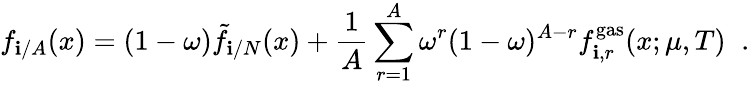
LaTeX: f_{\mathbf{i}/A}(x)=(1-\omega){\tilde{{f}}}_{\mathbf{i}/N}(x)+{\frac{{1}}{{A}}}\sum_{r=1}^{A}\omega^{r}(1-\omega)^{A-r}f_{\mathbf{i},r}^{\mathrm{{gas}}}(x;\mu,T)\; \; .